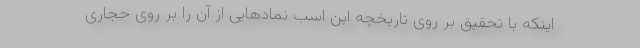
اینکه با تحقیق بر روی تاریخچه این اسب نمادهایی از آن را بر روی حجاری